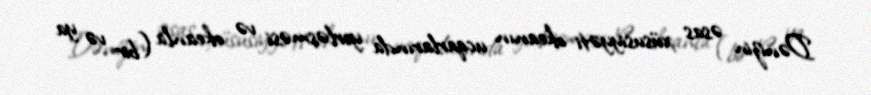
Dənizin əsas xüsusiyyəti okeanın ucqarlarında yerləşməsi və okeanla (bir və ya